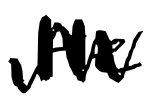
Text: He
Cross-out: zig-zag
Writing tool: digital_black